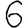
Digit: 6